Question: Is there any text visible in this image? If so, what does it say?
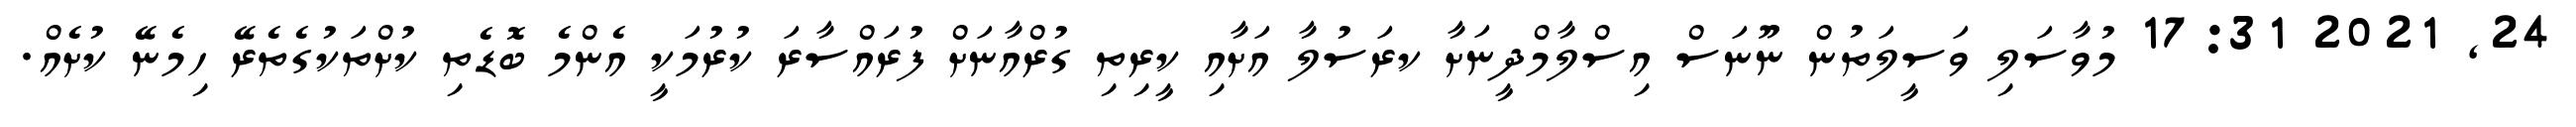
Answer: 24, 2021 17:31 މުވާސަލި ވަސީލަތުން ނޫނަސް އިސްލާމްދީނަށާ ކރަސުލާ އަށާއި ކީރިތި ގުރްއާނަށް ފުރައްސާރަ ކުރުމަކީ އެންމެ ބޮޑެތި ކުށްތަކުގެތެރޭ ހިމެނޭ ކުށެއް.